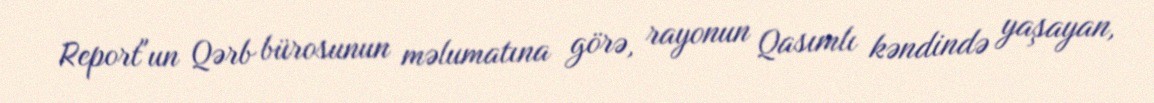
Report"un Qərb bürosunun məlumatına görə, rayonun Qasımlı kəndində yaşayan,